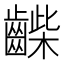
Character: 𪘿